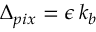
\Delta _ { p i x } = \epsilon \, k _ { b }